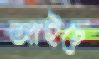
আইচে